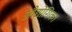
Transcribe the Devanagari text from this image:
औद्योगिक।